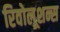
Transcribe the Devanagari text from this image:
रिवोलूशन्स